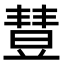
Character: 𣍈